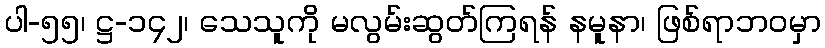
ပါ-၅၅၊ ဋ္ဌ-၁၄၂၊ သေသူကို မလွမ်းဆွတ်ကြရန် နမူနာ၊ ဖြစ်ရာဘဝမှာ